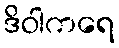
ဒိဝါကရေ